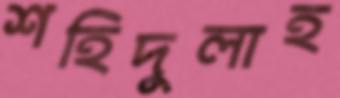
শহিদুলাহ